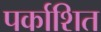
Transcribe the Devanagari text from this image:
पर्काशित